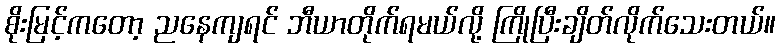
စိုးမြင့်ကတော့ ညနေကျရင် ဘီယာတိုက်ရမယ်လို့ ကြိုပြီးချိတ်လိုက်သေးတယ်။